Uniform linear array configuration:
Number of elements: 32
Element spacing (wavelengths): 0.25
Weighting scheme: exponential
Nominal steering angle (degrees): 45
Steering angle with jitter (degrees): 45.954
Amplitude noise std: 0.05
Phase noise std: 0.05

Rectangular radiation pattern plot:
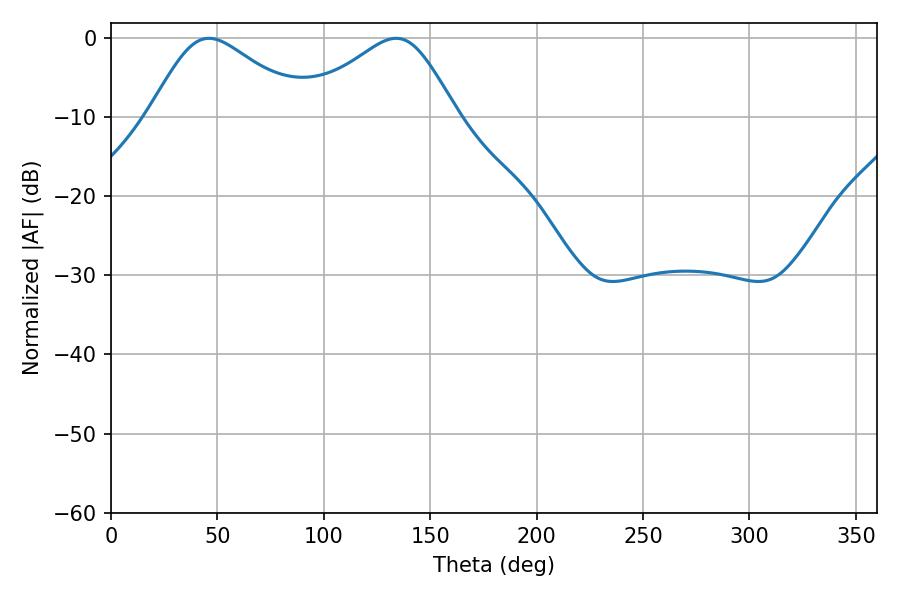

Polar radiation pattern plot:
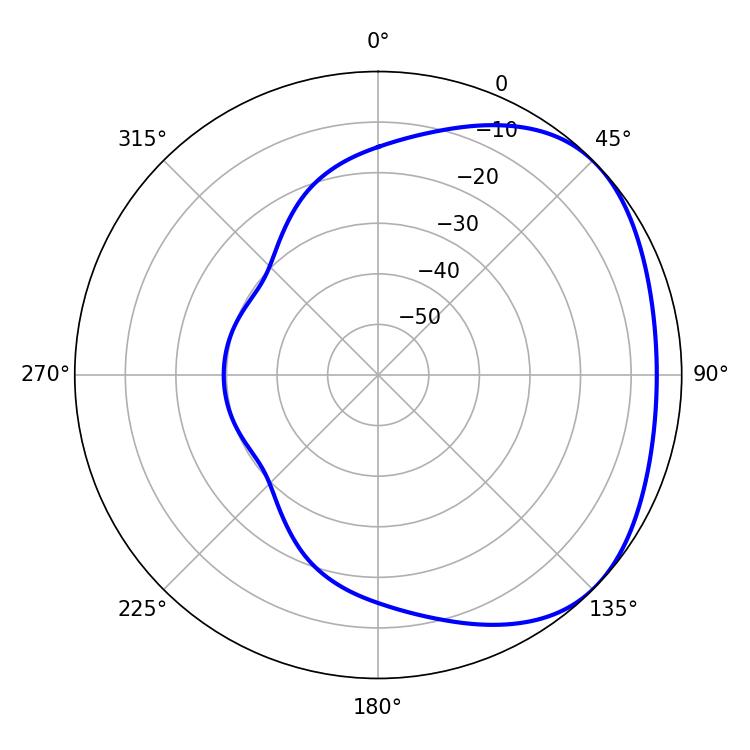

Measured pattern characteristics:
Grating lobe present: FALSE
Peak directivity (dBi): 2.633
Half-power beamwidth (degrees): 36.54
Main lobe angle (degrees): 46.08